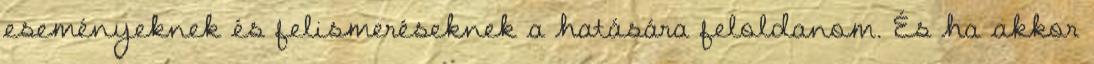
eseményeknek és felismeréseknek a hatására feloldanom. És ha akkor